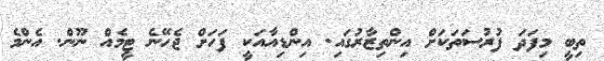
ތިބީ މިފަދަ ފުރުސަތަކަށް އިންތިޒާރުގައި. އިންޑިއާއަކީ ފަހަށް ޖެހޭނެ ޓީމެއް ނޫން. އެންމެ